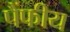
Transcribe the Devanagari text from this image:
पैंफीय